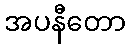
အပနီတော